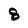
Character: 8